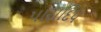
પારાદિપ